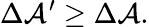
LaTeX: \Delta\mathcal{A}^{\prime}\geq\Delta\mathcal{A}.